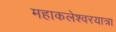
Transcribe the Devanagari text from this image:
महाकलेश्वरयात्रा